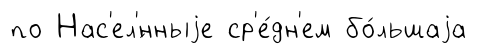
по Нас'ел'́нныjе ср'е́дн'ем бо́льшаjа